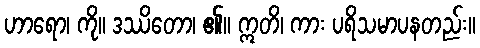
ဟာရော၊ ကို။ ဒဿိတော၊ ၏။ ဣတိ၊ ကား ပရိသမာပနတည်း။